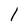
Character: 1